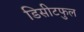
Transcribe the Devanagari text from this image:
डिसीटफुल